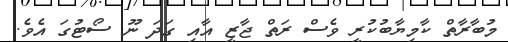
މުބާރާތް ކާމިޔާބުކުރީ ވެސް ރަތް ޖާޒީ އާއި ގަދަ ނޫ ސޯޓުގަ އެވެ.